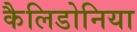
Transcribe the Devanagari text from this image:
कैलिडोनिया